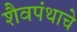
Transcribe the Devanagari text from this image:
शैवपंथाचे